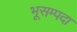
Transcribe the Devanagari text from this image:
भूसम्पदा